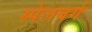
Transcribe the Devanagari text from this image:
स्पेलबर्ग